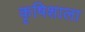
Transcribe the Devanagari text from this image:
कृषिशाला